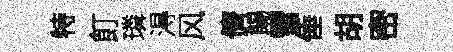
特飣璘淂风儕餳雪倕胡密